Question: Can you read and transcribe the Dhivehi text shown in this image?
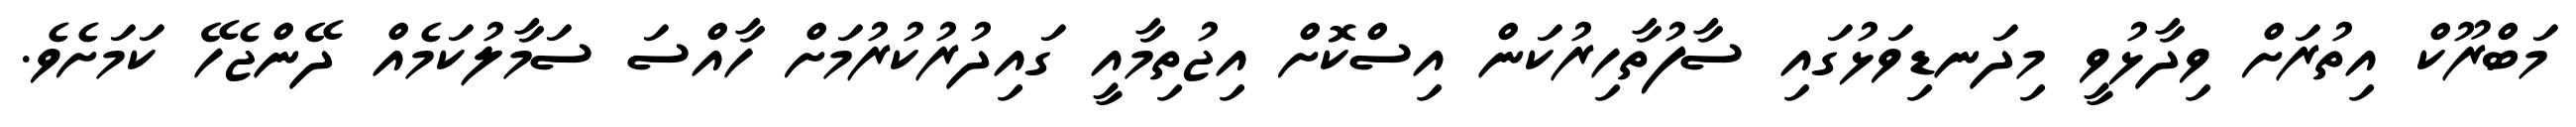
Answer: މަބްރޫކް އިތުރަށް ވިދާޅުވީ މިދަނޑިވަޅުގައި ސާފުތާހިރުކަން އިސްކޮށް އިޖުތިމާއީ ގައިދުރުކުރުމަށް ހާއްސަ ސަމާލުކަމެއް ދޭންޖެހޭ ކަމަށެވެ.